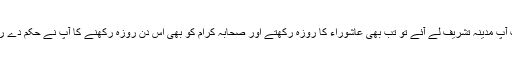
پھر جب آپ مدینہ تشریف لے آئے تو تب بھی عاشوراء کا روزہ رکھتے اور صحابہ کرام کو بھی اس دن روزہ رکھنے کا آپ نے حکم دے رکھا تھا۔